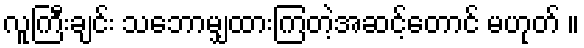
လူကြီးချင်း သဘောမျှထားကြတဲ့အဆင့်တောင် မဟုတ် ။